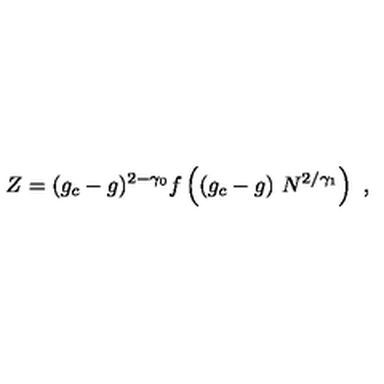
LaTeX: Z = ( g _ { c } - g ) ^ { 2 - \gamma _ { 0 } } f \left( ( g _ { c } - g ) \ N ^ { 2 / \gamma _ { 1 } } \right) \ ,